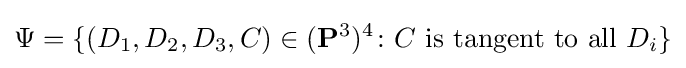
\Psi =\{(D_{1},D_{2},D_{3},C)\in (\mathbf {P} ^{3})^{4}\colon C{\text{ is tangent to all }}D_{i}\}